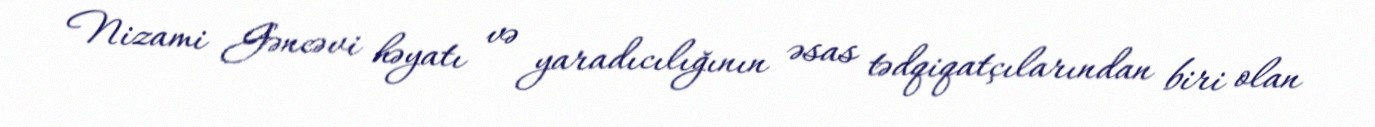
Nizami Gəncəvi həyatı və yaradıcılığının əsas tədqiqatçılarından biri olan